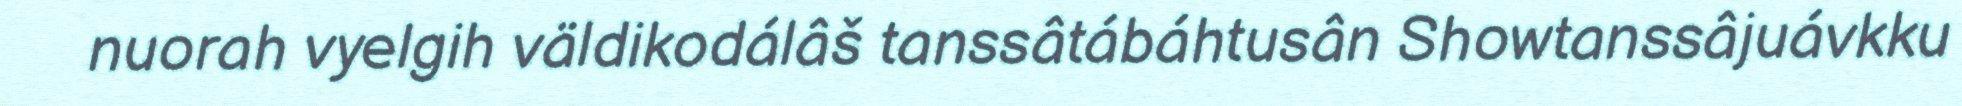
nuorah vyelgih väldikodálâš tanssâtábáhtusân Showtanssâjuávkku